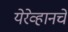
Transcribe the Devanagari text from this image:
येरेव्हानचे